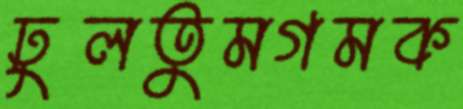
ঢুলতুমগমক